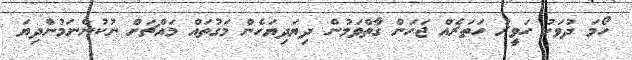
ހޯމަ ދުވަހު ހަވީރު ހަތަރެއް ޖަހަން ގާތްވަމުން ދިޔަދިޔަހެން މަގުތައް މައްޗަށް ނުކުންނަމުންދިޔަ